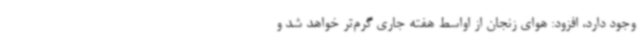
وجود دارد، افزود: هوای زنجان از اواسط هفته جاری گرم‌تر خواهد شد و